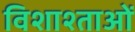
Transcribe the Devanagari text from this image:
विशाश्ताओं